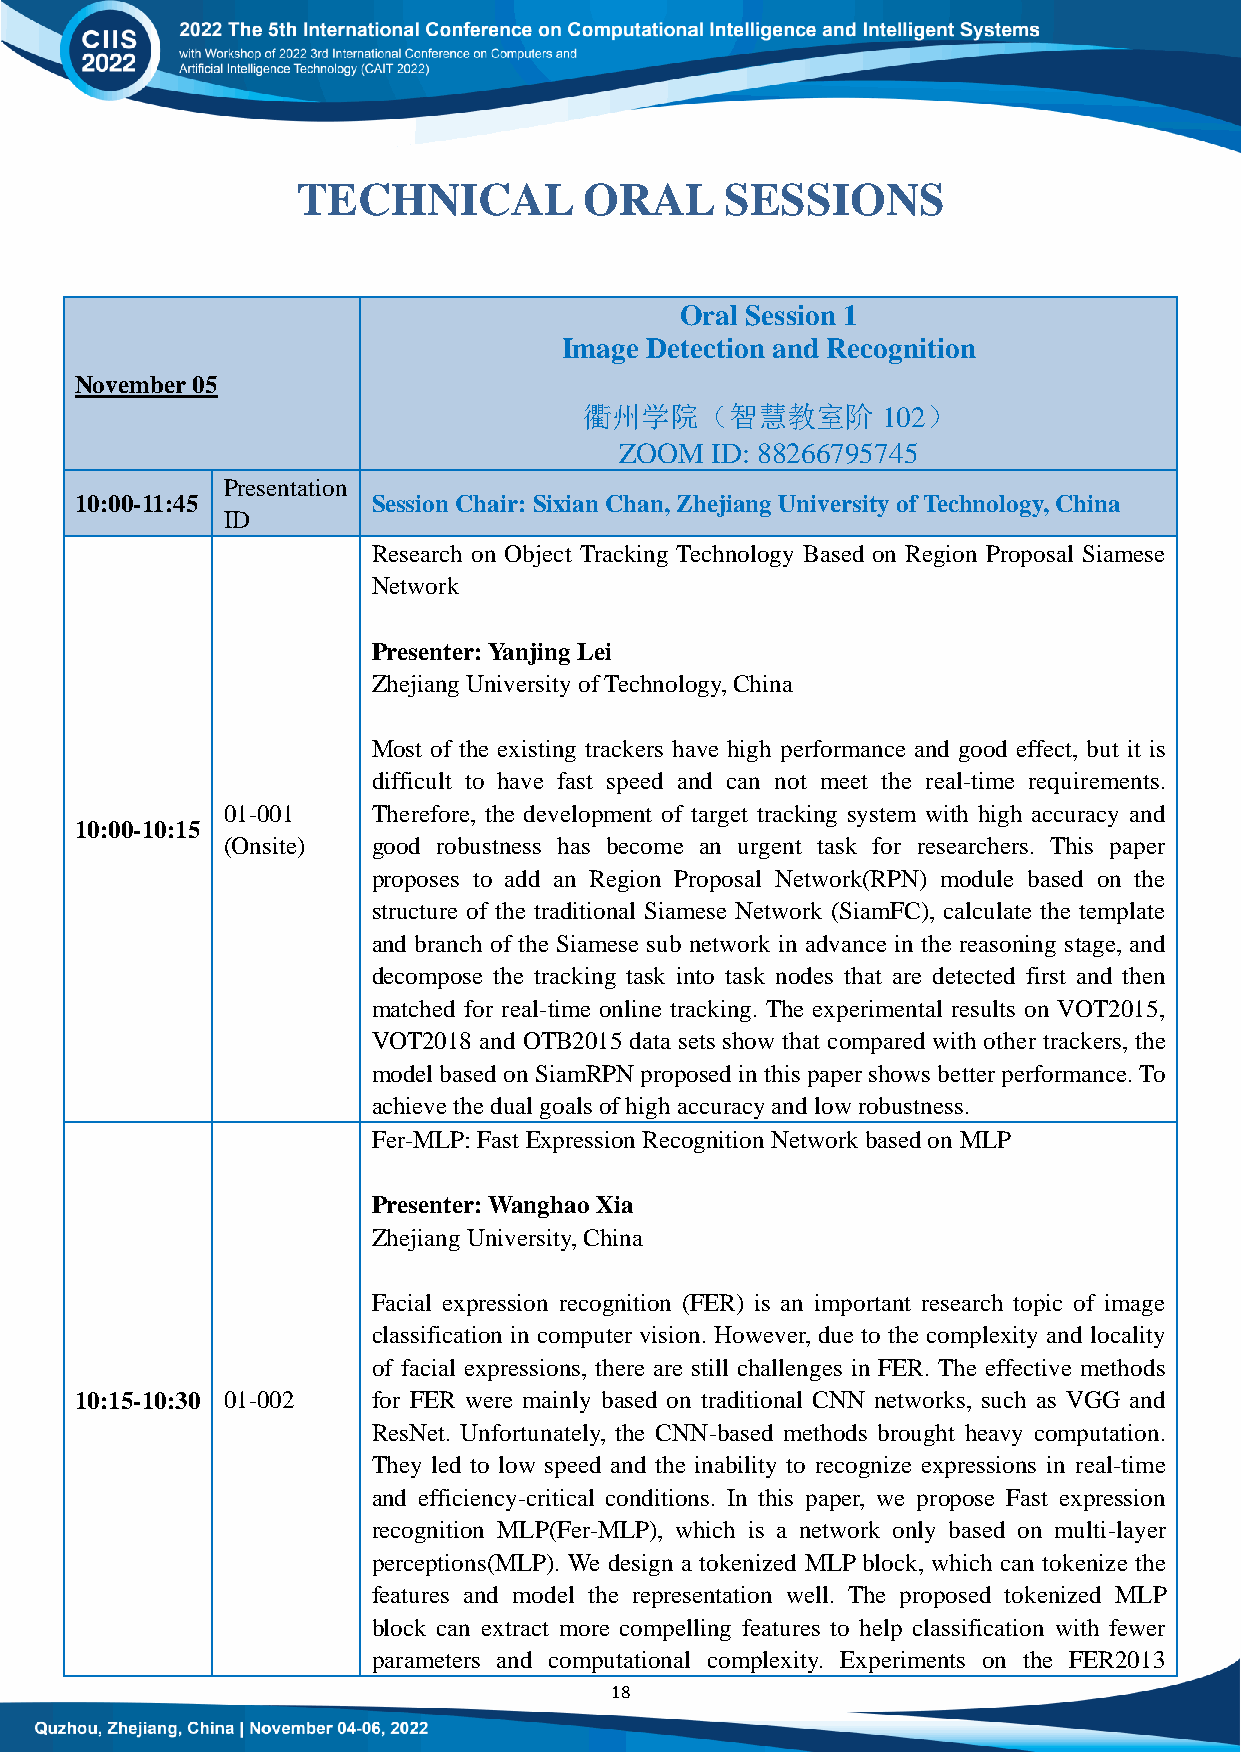
TECHNICAL          ORAL     SESSIONS
 Oral Session 1
 Image Detection and Recognition
 November 05
 衢州学院（智慧教室阶         102）
 ZOOM  ID: 88266795745
 Presentation
 10:00-11:45         Session Chair: Sixian Chan, Zhejiang University of Technology, China
 ID
 Research on Object Tracking Technology Based on Region Proposal Siamese
 Network
 Presenter: Yanjing Lei
 Zhejiang University of Technology, China
 Most of the existing trackers have high performance and good effect, but it is
 difficult to have fast speed and can not meet the real-time requirements.
 01-001    Therefore, the development of target tracking system with high accuracy and
 10:00-10:15
 (Onsite)  good robustness has become an urgent task for researchers. This paper
 proposes to add an Region Proposal Network(RPN) module based on the
 structure of the traditional Siamese Network (SiamFC), calculate the template
 and branch of the Siamese sub network in advance in the reasoning stage, and
 decompose the tracking task into task nodes that are detected first and then
 matched for real-time online tracking. The experimental results on VOT2015,
 VOT2018 and OTB2015 data sets show that compared with other trackers, the
 model based on SiamRPN proposed in this paper shows better performance. To
 achieve the dual goals of high accuracy and low robustness.
 Fer-MLP: Fast Expression Recognition Network based on MLP
 Presenter: Wanghao Xia
 Zhejiang University, China
 Facial expression recognition (FER) is an important research topic of image
 classification in computer vision. However, due to the complexity and locality
 of facial expressions, there are still challenges in FER. The effective methods
 10:15-10:30 01-002  for FER were mainly based on traditional CNN networks, such as VGG and
 ResNet. Unfortunately, the CNN-based methods brought heavy computation.
 They led to low speed and the inability to recognize expressions in real-time
 and efficiency-critical conditions. In this paper, we propose Fast expression
 recognition MLP(Fer-MLP), which is a network only based on multi-layer
 perceptions(MLP). We design a tokenized MLP block, which can tokenize the
 features and model the representation well. The proposed tokenized MLP
 block can extract more compelling features to help classification with fewer
 parameters and computational complexity. Experiments on the FER2013
 18